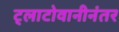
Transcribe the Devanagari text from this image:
ट्लाटोवानीनंतर